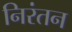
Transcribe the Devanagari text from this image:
निरंतन